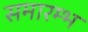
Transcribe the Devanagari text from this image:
समारम्भ